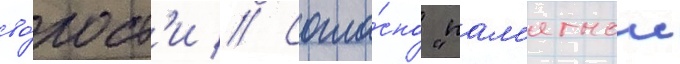
во́лост'и // Согла́сно "пам'ятнои